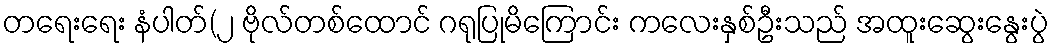
တရေးရေး နံပါတ်(၂ ဗိုလ်တစ်ထောင် ဂရုပြုမိကြောင်း ကလေးနှစ်ဦးသည် အထူးဆွေးနွေးပွဲ